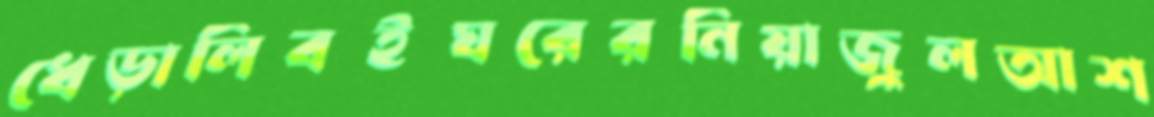
ধেড়ালিবইঘরেরনিয়াজুলআশ